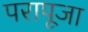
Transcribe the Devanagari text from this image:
परापूजा